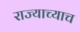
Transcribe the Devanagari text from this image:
राज्याच्याच